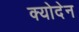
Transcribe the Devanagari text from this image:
क्योदेन